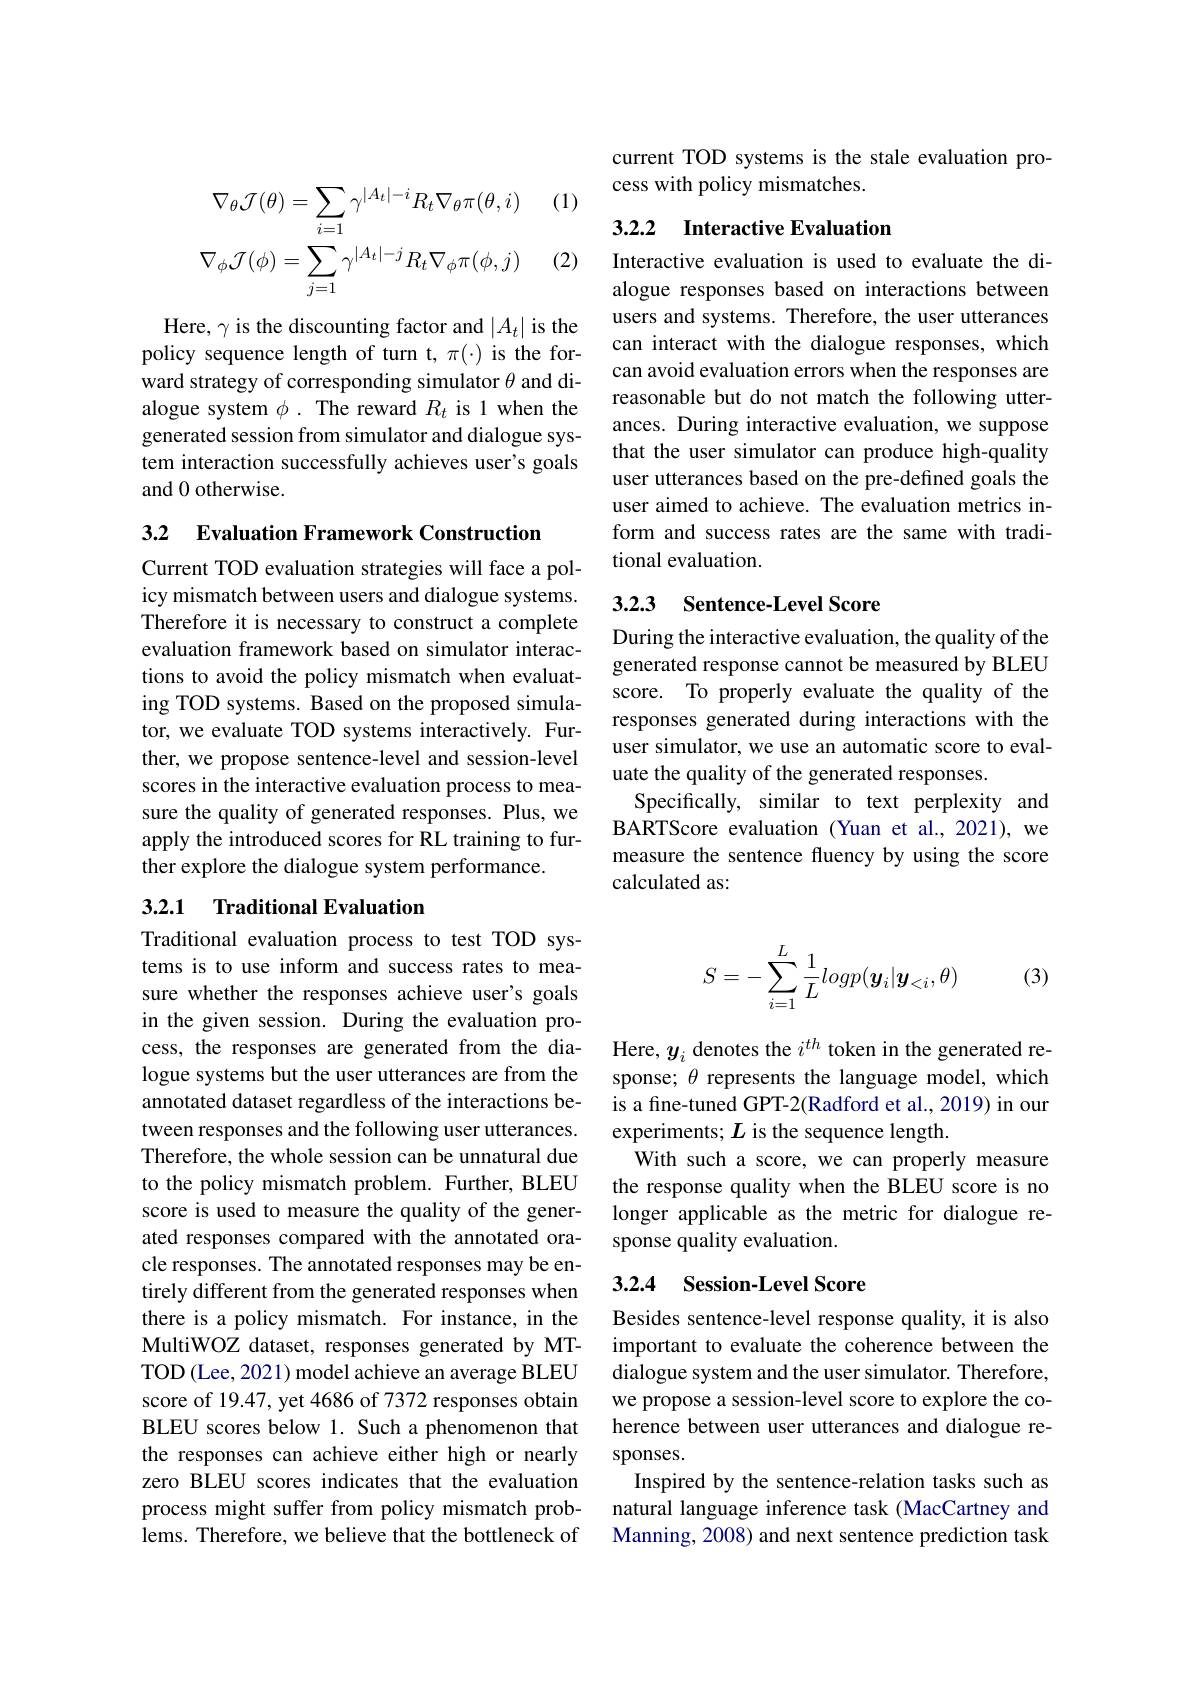
(1)
$$\nabla_{\theta}\mathcal{J}(\theta)=\sum_{i=1}\gamma^{|A_{t}|-i}R_{t}\nabla_{\theta}\pi(\theta,i)\\\nabla_{\phi}\mathcal{J}(\phi)=\sum_{j=1}\gamma^{|A_{t}|-j}R_{t}\nabla_{\phi}\pi(\phi,j)$$
(2)

Here, $\gamma$ is the discounting factor and $|A_t|$ is the policy sequence length of turn t, $\pi(\cdot)$ is the forward strategy of corresponding simulator $\theta$ and dialogue system $\phi.$ The reward $R_t$ is 1 when the generated session from simulator and dialogue system interaction successfully achieves user's goals and 0 otherwise.

3.2 Evaluation Framework Construction

Current TOD evaluation strategies will face a policy mismatch between users and dialogue systems. Therefore it is necessary to construct a complete evaluation framework based on simulator interactions to avoid the policy mismatch when evaluating TOD systems. Based on the proposed simulator, we evaluate TOD systems interactively. Further, we propose sentence-level and session-level scores in the interactive evaluation process to measure the quality of generated responses. Plus, we apply the introduced scores for RL training to further explore the dialogue system performance.

### 3.2.1 Traditional Evaluation

Traditional evaluation process to test TOD systems is to use inform and success rates to measure whether the responses achieve user's goals in the given session. During the evaluation process, the responses are generated from the dialogue systems but the user utterances are from the annotated dataset regardless of the interactions between responses and the following user utterances. Therefore, the whole session can be unnatural due to the policy mismatch problem. Further, BLEU score is used to measure the quality of the generated responses compared with the annotated oracle responses. The annotated responses may be entirely different from the generated responses when there is a policy mismatch. For instance, in the MultiWOZ dataset, responses generated by MTTOD (Lee, 2021) model achieve an average BLEU score of 19.47, yet 4686 of 7372 responses obtain BLEU scores below 1. Such a phenomenon that the responses can achieve either high or nearly zero BLEU scores indicates that the evaluation process might suffer from policy mismatch problems. Therefore, we believe that the bottleneck of

current TOD systems is the stale evaluation pro-
cess with policy mismatches.

### 3.2.2 Interactive Evaluation

Interactive evaluation is used to evaluate the dialogue responses based on interactions between users and systems. Therefore, the user utterances can interact with the dialogue responses, which can avoid evaluation errors when the responses are reasonable but do not match the following utterances. During interactive evaluation, we suppose that the user simulator can produce high-quality user utterances based on the pre-defined goals the user aimed to achieve. The evaluation metrics inform and success rates are the same with traditional evaluation.

### 3.2.3 Sentence-Level Score

During the interactive evaluation, the quality of the generated response cannot be measured by BLEU score. To properly evaluate the quality of the responses generated during interactions with the user simulator, we use an automatic score to evaluate the quality of the generated responses.
Specifically, similar to text perplexity and BARTScore evaluation (Yuan et al.,2021), we measure the sentence fluency by using the score calculated as:

(3)
$$S=-\sum\limits_{i=1}^{L}\frac{1}{L}logp(\boldsymbol{y}_{i}|\boldsymbol{y}_{<i},\theta)$$
Here, $y_i$ denotes the $i^th$ token in the generated response; $\theta$ represents the language model, which is a fine-tuned GPT-2(Radford et al., 2019) in our experiments; $L$ is the sequence length.
With such a score, we can properly measure the response quality when the BLEU score is no longer applicable as the metric for dialogue response quality evaluation.

### 3.2.4 Session-Level Score

Besides sentence-level response quality, it is also important to evaluate the coherence between the dialogue system and the user simulator. Therefore, we propose a session-level score to explore the coherence between user utterances and dialogue responses.
Inspired by the sentence-relation tasks such as natural language inference task (MacCartney and Manning, 2008) and next sentence prediction task